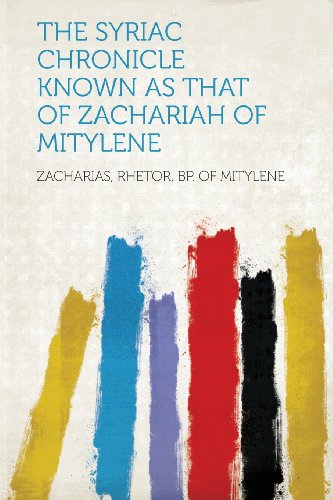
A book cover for The Syriac Chronicle Known as That of Zachariah of Mitylene; Zacharias Rhetor BP. of Mitylene; History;